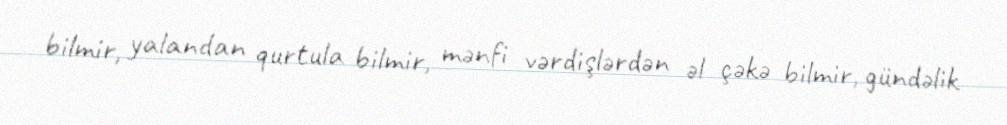
bilmir, yalandan qurtula bilmir, mənfi vərdişlərdən əl çəkə bilmir, gündəlik